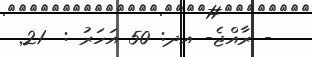
- ރާއްޖެ- އދ: 50 އަހަރު :  21